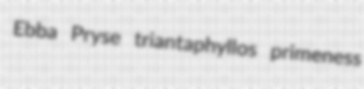
Ebba Pryse triantaphyllos primeness